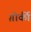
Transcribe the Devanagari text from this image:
ग़ोर्की